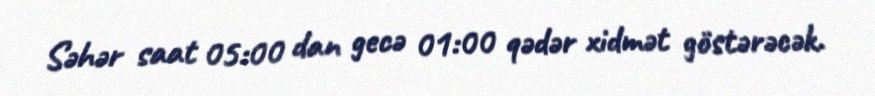
Səhər saat 05:00 dan gecə 01:00 qədər xidmət göstərəcək.